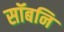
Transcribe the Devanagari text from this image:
सॉबनि